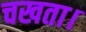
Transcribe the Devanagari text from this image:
चखता।